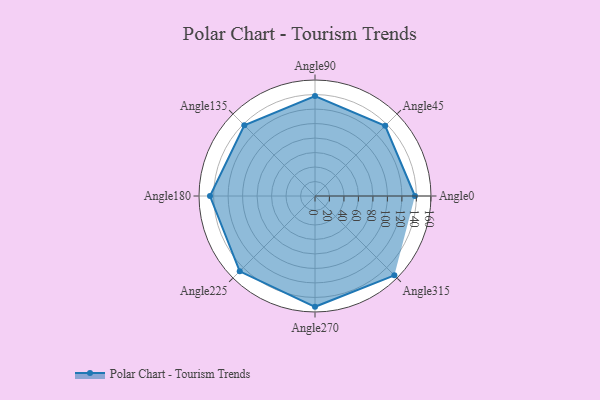
{"axis": {"x": "Angle", "y": "Radius"}, "legend": [""], "data": [{"x": "Angle0", "y": 138.0, "type": ""}, {"x": "Angle45", "y": 137.0, "type": ""}, {"x": "Angle90", "y": 138.0, "type": ""}, {"x": "Angle135", "y": 138.0, "type": ""}, {"x": "Angle180", "y": 145.0, "type": ""}, {"x": "Angle225", "y": 147.0, "type": ""}, {"x": "Angle270", "y": 153.0, "type": ""}, {"x": "Angle315", "y": 155.0, "type": ""}]}